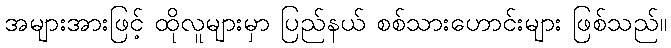
အများအားဖြင့် ထိုလူများမှာ ပြည်နယ် စစ်သားဟောင်းများ ဖြစ်သည်။